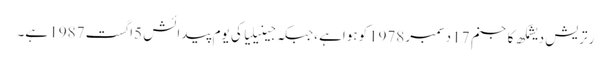
رتریش دیشمکھ کاجنم 17 دسمبر1978کوہواہے ،جبکہ جینیلیا کی یوم پیدائش 5اگست 1987 ہے۔